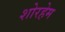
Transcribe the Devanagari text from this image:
शोरहेम